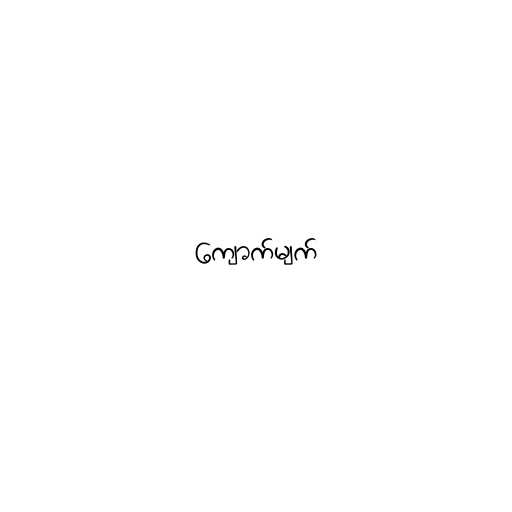
ကျောက်မျက်